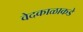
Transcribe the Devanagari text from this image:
वेदकाळाकडे